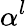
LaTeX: \alpha^{l}